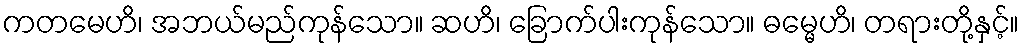
ကတမေဟိ၊ အဘယ်မည်ကုန်သော။ ဆဟိ၊ ခြောက်ပါးကုန်သော။ ဓမ္မေဟိ၊ တရားတို့နှင့်။